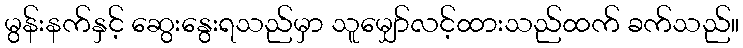
မွန်းနက်နှင့် ဆွေးနွေးရသည်မှာ သူမျှော်လင့်ထားသည်ထက် ခက်သည်။